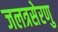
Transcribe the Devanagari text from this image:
जलत्रसेरणु